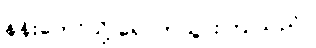
နန်းတော်သို့ ရောက်သွားကြ သည်။